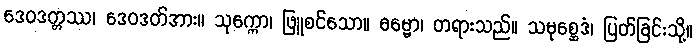
ဒေဝဒတ္တဿ၊ ဒေဝဒတ်အား။ သုက္ကော၊ ဖြူစင်သော။ ဓမ္မော၊ တရားသည်။ သမုစ္ဆေဒံ၊ ပြတ်ခြင်းသို့။